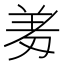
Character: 𭃱